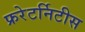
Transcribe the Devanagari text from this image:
फ्ररेटर्निटीस